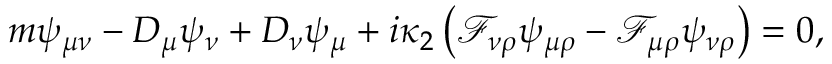
m \psi _ { \mu \nu } - D _ { \mu } \psi _ { \nu } + D _ { \nu } \psi _ { \mu } + i \kappa _ { 2 } \left( \mathcal { F } _ { \nu \rho } \psi _ { \mu \rho } - \mathcal { F } _ { \mu \rho } \psi _ { \nu \rho } \right) = 0 ,